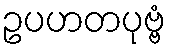
ဥပဟတပုဗ္ဗံ